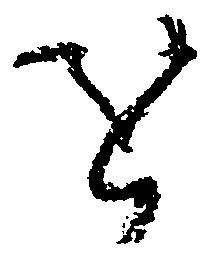
を